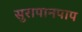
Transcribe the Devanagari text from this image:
सुरापानपाप